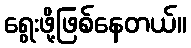
ရွေးဖို့ဖြစ်နေတယ်။